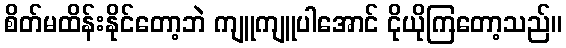
စိတ်မထိန်းနိုင်တော့ဘဲ ကျူကျူပါအောင် ငိုယိုကြတော့သည်။